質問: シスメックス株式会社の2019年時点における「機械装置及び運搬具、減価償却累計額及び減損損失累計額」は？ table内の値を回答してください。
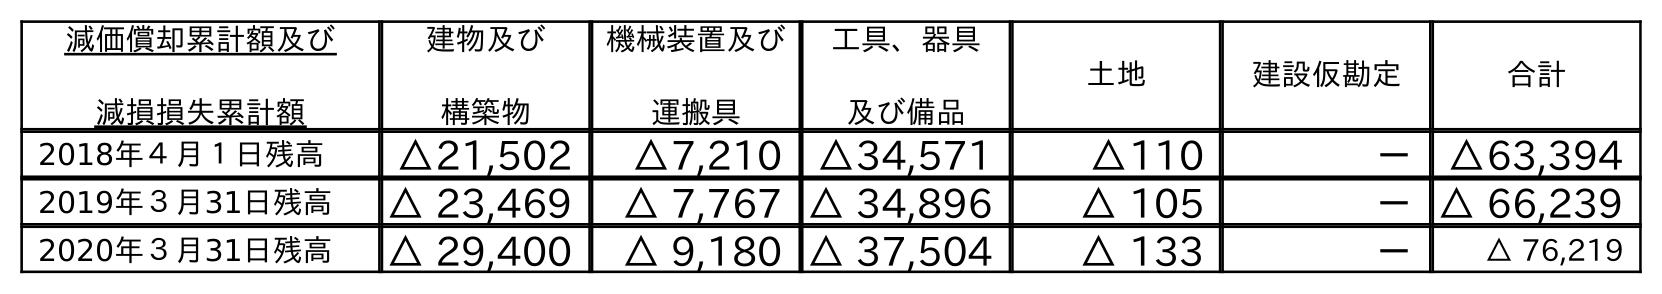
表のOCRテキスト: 減価償却累計額及び 減損損失累計額 建物及び 構築物 機械装置及び 運搬具 工具、器具 及び備品 土地 建設仮勘定 合計 2018年４月１日残高 △21,502 △7,210 △34,571 △110 － △63,394 2019年３月31日残高 △ 23,469 △ 7,767 △ 34,896 △ 105 －△ 66,239 2020年３月31日残高 △ 29,400 △ 9,180 △ 37,504 △ 133 － △ 76,219
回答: △7,767